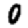
Digit: 0